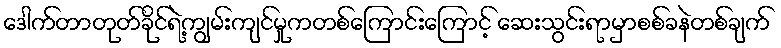
ဒေါက်တာတုတ်ခိုင်ရဲ့ကျွမ်းကျင်မှုကတစ်ကြောင်းကြောင့် ဆေးသွင်းရာမှာစစ်ခနဲတစ်ချက်